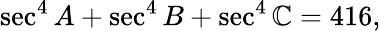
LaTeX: \sec^{4}A+\sec^{4}B+\sec^{4}\mathbb{C}=416,